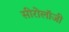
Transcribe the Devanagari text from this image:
सीरोलॉजी